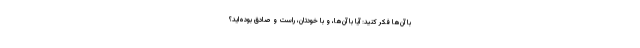
با آن‌ها فکر کنید: آیا با آن‌ها، و با خودتان، راست و صادق بوده‌اید؟